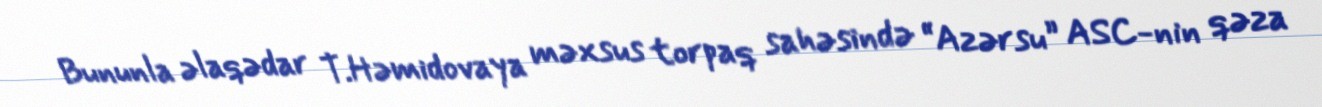
Bununla əlaqədar T.Həmidovaya məxsus torpaq sahəsində “Azərsu” ASC-nin qəza